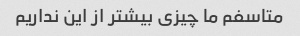
متاسفم ما چیزی بیشتر از این نداریم